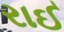
રાઈ